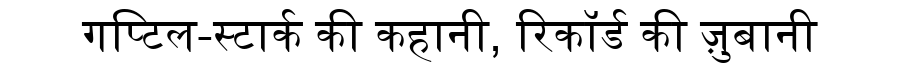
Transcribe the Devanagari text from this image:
गप्टिल-स्टार्क की कहानी, रिकॉर्ड की ज़ुबानी